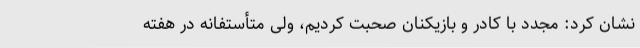
نشان کرد: مجدد با کادر و بازیکنان صحبت کردیم، ولی متأستفانه در هفته